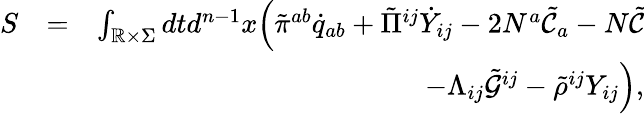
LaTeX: \begin{array}{rlr}{S}&{=}&{\int_{\mathbb{R}\times\Sigma}dtd^{n-1}x\Big(\tilde{\pi}^{ab}\dot{q}_{ab}+\tilde{\Pi}^{ij}\dot{Y}_{ij}-2N^{a}\tilde{\mathcal{C}}_{a}-N\tilde{\mathcal{C}}}\\ &{}&{-\Lambda_{ij}\tilde{\mathcal{G}}^{ij}-\tilde{\rho}^{ij}Y_{ij}\Big),}\end{array}